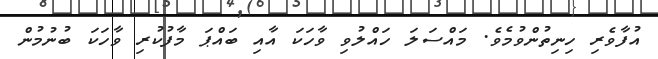
އުފާވެރި ހިނިތުންވުމެވެ. މައްސަލަ ހައްލުވި ވާހަކަ އާއި ބައްޕަ މާފުކުރި ވާހަކަ ބުނުމުން